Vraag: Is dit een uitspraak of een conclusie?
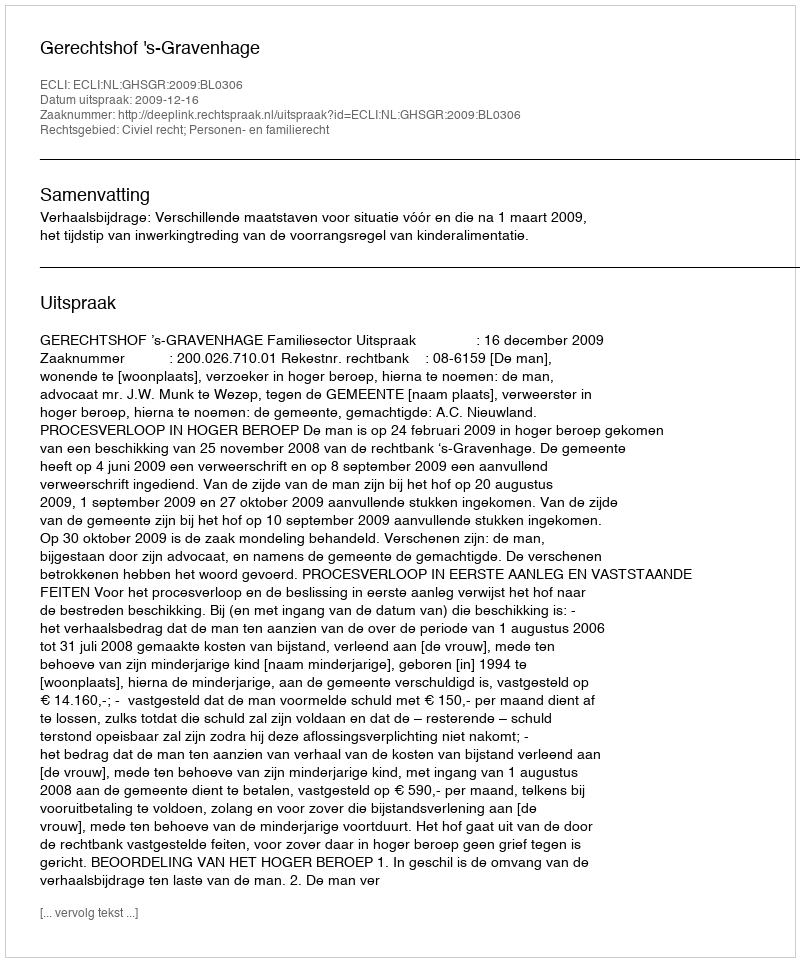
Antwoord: Uitspraak